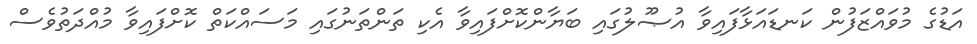
އަޑުގެ މުވައްޒަފުން ކަނޑައަޅާފައިވާ އުޞޫލުގައި ބަޔާންކޮށްފައިވާ އެކި ތަންތަނުގައި މަސައްކަތް ކޮށްފައިވާ މުއްދަތުވެސް